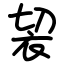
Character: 袃